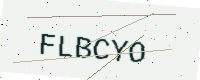
Text: FLBCYO